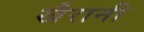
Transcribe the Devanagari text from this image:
खैरानी